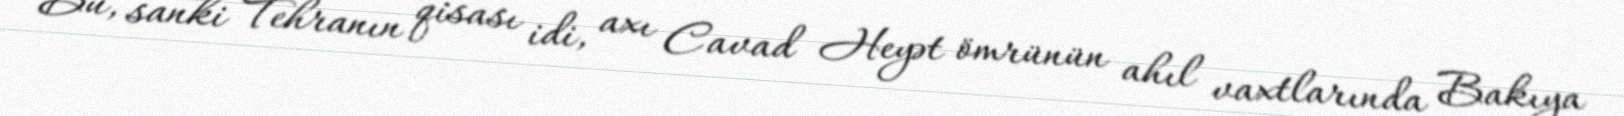
Bu, sanki Tehranın qisası idi, axı Cavad Heyət ömrünün ahıl vaxtlarında Bakıya